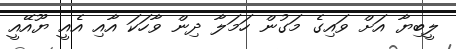
ލީބިޔާ އަށް ވައިގެ މަގުން ހަމަލާ ދިން ވާހަކަ އާއި އެއީ ޔޫއޭއީ